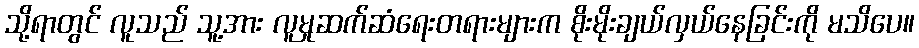
သို့ရာတွင် လူသည် သူ့အား လူမှုဆက်ဆံရေးတရားများက စိုးမိုးချယ်လှယ်နေခြင်းကို မသိပေ။